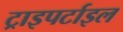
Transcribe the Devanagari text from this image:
ट्राइपर्टाइल